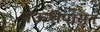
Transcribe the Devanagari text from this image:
नऊशेपासून